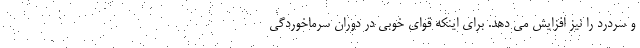
و سردرد را نیز افزایش می دهد. برای اینکه قوای خوبی در دوران سرماخوردگی